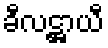
ခီလဋ္ဌာယီ